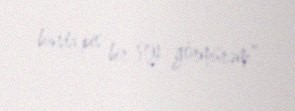
bunda pis bir şey görmürəm”.